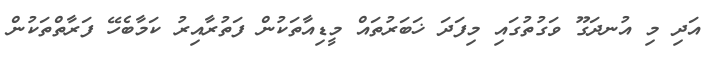
އަދި މި އުނދަގޫ ވަގުތުގައި މިފަދަ ޚަބަރުތައް މީޑިއާތަކުން ފަތުރާއިރު ކަމާބެހޭ ފަރާތްތަކުން